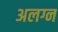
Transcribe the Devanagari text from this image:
अलग्न